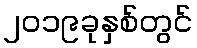
၂၀၁၉ခုနှစ်တွင်